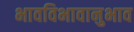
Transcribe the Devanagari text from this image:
भावविभावानुभाव